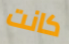
كانت